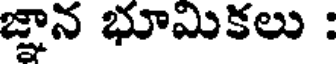
జ్ఞాన భూమికలు :